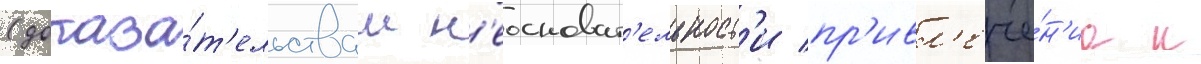
(доказа́т'ельствам н'еосноват'ельност'и пр'ивл'ече́н'иа к